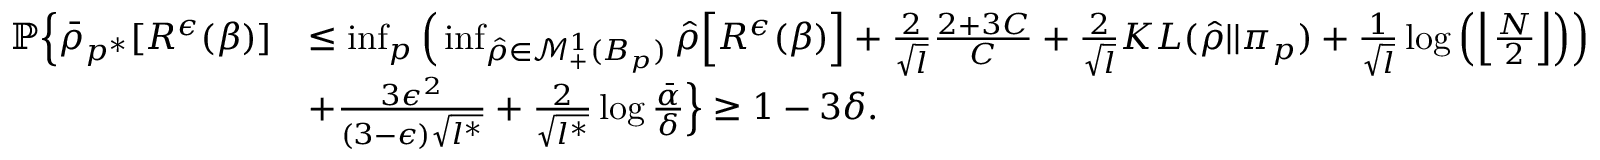
\begin{array} { r l } { \mathbb { P } \Big \{ \bar { \rho } _ { p ^ { * } } [ R ^ { \epsilon } ( \beta ) ] } & { \leq \operatorname* { i n f } _ { p } \Big ( \operatorname* { i n f } _ { \hat { \rho } \in \mathcal { M } _ { + } ^ { 1 } ( B _ { p } ) } \hat { \rho } \Big [ R ^ { \epsilon } ( \beta ) \Big ] + \frac { 2 } { \sqrt { l } } \frac { 2 + 3 C } { C } + \frac { 2 } { \sqrt { l } } K L ( \hat { \rho } | | \pi _ { p } ) + \frac { 1 } { \sqrt { l } } \log \Big ( \Big \lfloor \frac { N } { 2 } \Big \rfloor \Big ) \Big ) } \\ & { + \frac { 3 \epsilon ^ { 2 } } { ( 3 - \epsilon ) \sqrt { l ^ { * } } } + \frac { 2 } { \sqrt { l ^ { * } } } \log \frac { \bar { \alpha } } { \delta } \Big \} \geq 1 - 3 \delta . } \end{array}